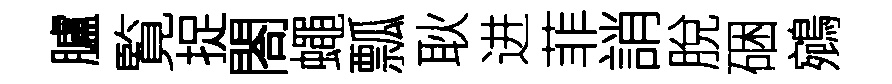
臚覧捉閤蠅瓢耿进菲誚脫硱鵷